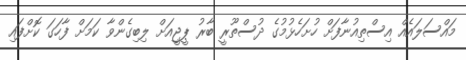
މައްސަލައެއް އިސްތިއުނާފަށް ހުށަހެޅުމުގެ ދުސްތޫރީ ބާރު ޕީޖީއަށް ލިބިގެންވާ ކަމަށް ފާހަގަ ކޮށްފައި